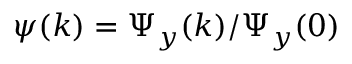
\psi ( k ) = \Psi _ { y } ( k ) / \Psi _ { y } ( 0 )